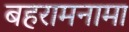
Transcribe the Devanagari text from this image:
बहरामनामा